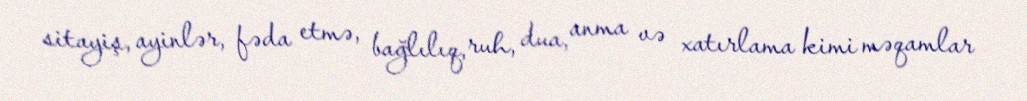
sitayiş, ayinlər, fəda etmə, bağlılıq, ruh, dua, anma və xatırlama kimi məqamlar